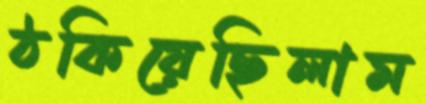
ঠকিয়েছিলাম